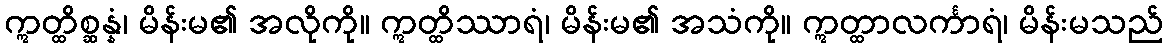
ဣတ္ထိစ္ဆန္နံ၊ မိန်းမ၏ အလိုကို။ ဣတ္ထိဿာရံ၊ မိန်းမ၏ အသံကို။ ဣတ္ထာလင်္ကာရံ၊ မိန်းမသည်